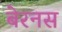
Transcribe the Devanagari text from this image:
बेरनस